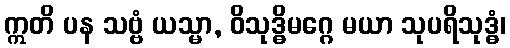
ဣတိ ပန သဗ္ဗံ ယသ္မာ, ဝိသုဒ္ဓိမဂ္ဂေ မယာ သုပရိသုဒ္ဓံ၊